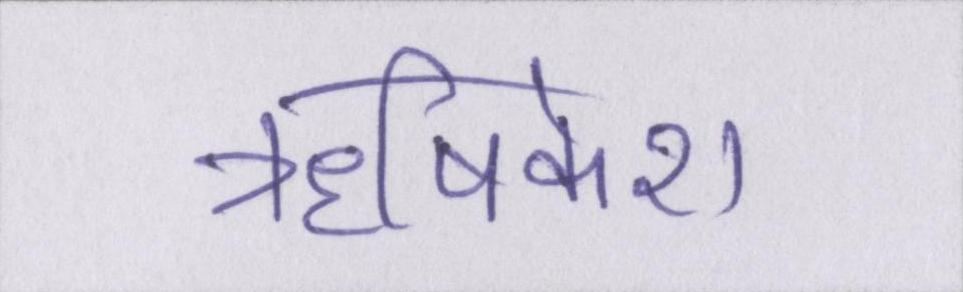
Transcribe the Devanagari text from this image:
ॠषिकेश